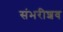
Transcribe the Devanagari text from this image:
संभरीशव